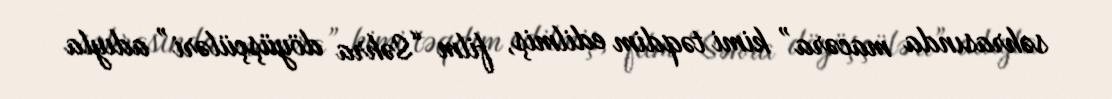
səhrasında macəra” kimi təqdim edilmiş, film “Səhra döyüşçüləri” adıyla